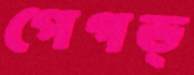
পেগড্